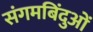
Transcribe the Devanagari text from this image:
संगमबिंदुओं